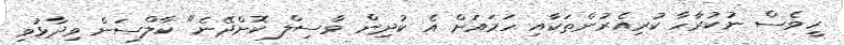
ހީވެސް ނުކުރާހާ ކުރިއެރުންތަކާއި ހަމައަށް އެ ކުދިން ވާސިލް ކޮށްދޭނެ" ކާލްސަން ވިދާޅުވި